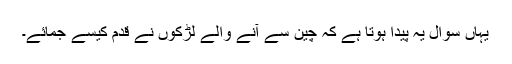
یہاں سوال یہ پیدا ہوتا ہے کہ چین سے آنے والے لڑکوں نے قدم کیسے جمائے۔